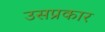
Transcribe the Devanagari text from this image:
उसप्रकार